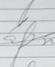
Signature authenticity: genuine